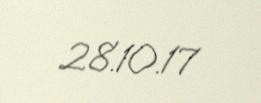
28.10.17